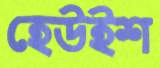
হেউইশ